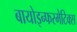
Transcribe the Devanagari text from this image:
बायोइन्फरमेटिक्स